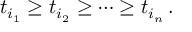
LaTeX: t _ { i _ { 1 } } \geq t _ { i _ { 2 } } \geq \dots \geq t _ { i _ { n } } \, .